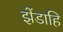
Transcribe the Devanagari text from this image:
झेंडाहि